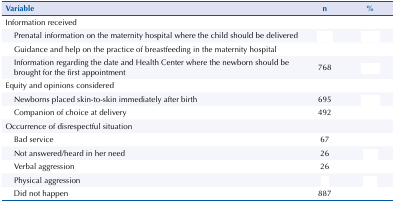
<table><thead><tr><td><b>Variable</b></td><td><b>n</b></td><td><b>%</b></td></tr></thead><tbody><tr><td>Information received</td><td>[EMPTY_CELL]</td><td>[EMPTY_CELL]</td></tr><tr><td>Prenatal information on the maternity hospital where the child should be delivered</td><td>[EMPTY_CELL]</td><td>[EMPTY_CELL]</td></tr><tr><td>Guidance and help on the practice of breastfeeding in the maternity hospital</td><td>[EMPTY_CELL]</td><td>[EMPTY_CELL]</td></tr><tr><td>Information regarding the date and Health Center where the newborn should be brought for the first appointment</td><td>768</td><td>[EMPTY_CELL]</td></tr><tr><td>Equity and opinions considered</td><td>[EMPTY_CELL]</td><td>[EMPTY_CELL]</td></tr><tr><td>Newborns placed skin-to-skin immediately after birth</td><td>695</td><td>[EMPTY_CELL]</td></tr><tr><td>Companion of choice at delivery</td><td>492</td><td>[EMPTY_CELL]</td></tr><tr><td>Occurrence of disrespectful situation</td><td>[EMPTY_CELL]</td><td>[EMPTY_CELL]</td></tr><tr><td>Bad service</td><td>67</td><td>[EMPTY_CELL]</td></tr><tr><td>Not answered/heard in her need</td><td>26</td><td>[EMPTY_CELL]</td></tr><tr><td>Verbal aggression</td><td>26</td><td>[EMPTY_CELL]</td></tr><tr><td>Physical aggression</td><td>[EMPTY_CELL]</td><td>[EMPTY_CELL]</td></tr><tr><td>Did not happen</td><td>887</td><td>[EMPTY_CELL]</td></tr></tbody></table>